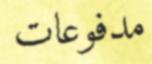
مدفوعات